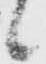
候